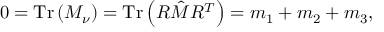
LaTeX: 0 = \mathrm { T r } \left( M _ { \nu } \right) = \mathrm { T r } \left( R { \hat { M } } R ^ { T } \right) = m _ { 1 } + m _ { 2 } + m _ { 3 } ,